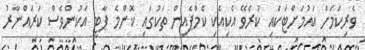
ވެރިކަމަށް އައުމަށްޓަކައި ކުރެވޭ އެކިއެކި ކެމްޕެއިން ތަކުގައި ކޮންމެ ޕާޓީ އަކުންވެސް ކަރައްނާރު